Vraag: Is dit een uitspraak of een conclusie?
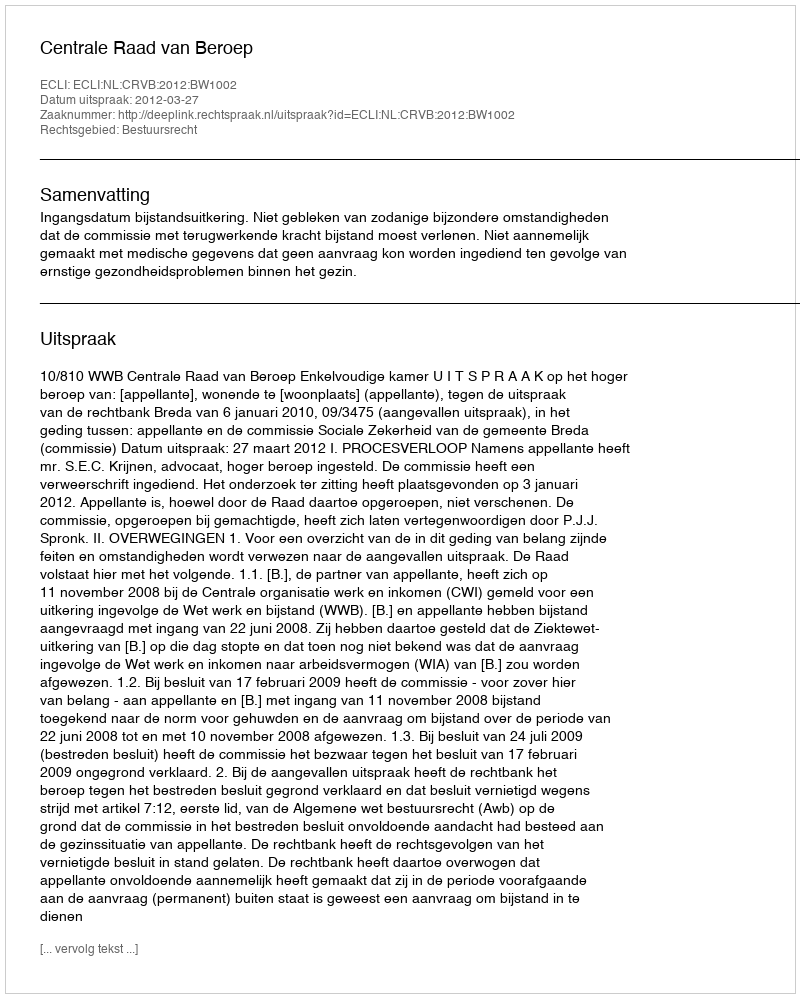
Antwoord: Uitspraak